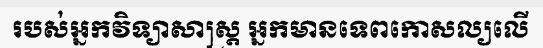
របស់អ្នកវិទ្យាសាស្ត្រ អ្នកមានទេពកោសល្យលើ